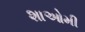
શાઓમી